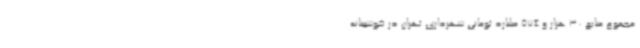
مجموع منابع 30 هزار و 574 میلیارد تومانی شهرداری تهران در خوشبینانه